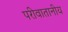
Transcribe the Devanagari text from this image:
परीवातानीय